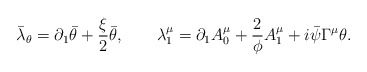
\begin{align*}\bar\lambda_\theta=\partial_1\bar\theta +\frac \xi 2 \bar\theta, \qquad\lambda_1^\mu=\partial_1 A_0^\mu +\frac 2\phi A_1^\mu +i\bar\psi\Gamma^\mu\theta.\end{align*}